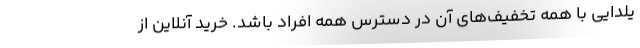
یلدایی با همه تخفیف‌های آن در دسترس همه افراد باشد. خرید آنلاین از